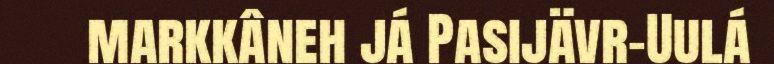
markkâneh já Pasijävr-Uulá